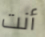
أنت